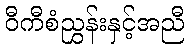
ဝီကီစံညွှန်းနှင့်အညီ